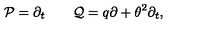
{ \cal P } = \partial _ { t } \qquad { \cal Q } = q \partial + \theta ^ { 2 } \partial _ { t } ,